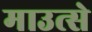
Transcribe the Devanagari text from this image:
माउत्से